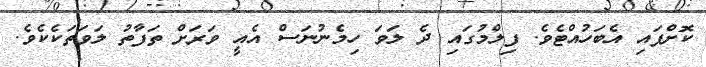
ކޮށްފައި އެބަހުއްޓެވެ. ފިލްމުގައި ދެ ލަވަ ހިމެނުނަސް އެއީ ވަރަށް ތަފާތު ލަވަތަކެކެވެ.